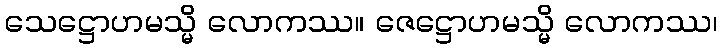
သေဋ္ဌောဟမသ္မိ လောကဿ။ ဇေဋ္ဌောဟမသ္မိ လောကဿ၊